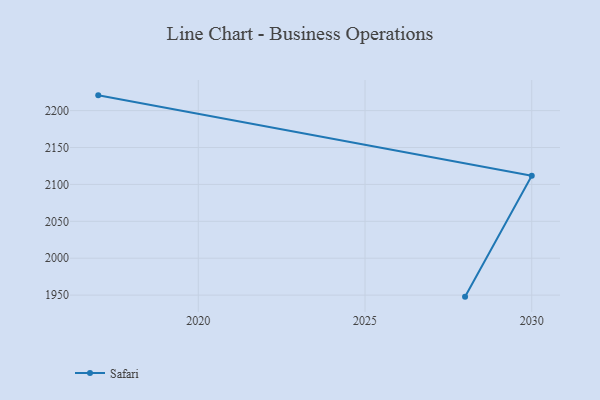
{"axis": {"x": "Year", "y": "Temperature (°C)"}, "legend": ["Safari"], "data": [{"x": "2028", "y": 1947.9, "type": "Safari"}, {"x": "2030", "y": 2111.7, "type": "Safari"}, {"x": "2017", "y": 2220.7, "type": "Safari"}]}